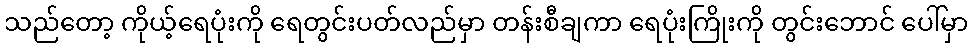
သည်တော့ ကိုယ့်ရေပုံးကို ရေတွင်းပတ်လည်မှာ တန်းစီချကာ ရေပုံးကြိုးကို တွင်းဘောင် ပေါ်မှာ